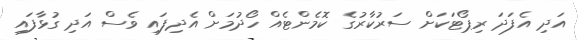
އަދި އެފަދަ ރިޕޯޓަކަށް ސަރުކާރުގެ ކޮމެންޓެއް ހޯދުމަށް އެދިފައި ވެސް އަދި ގުޅާފައި